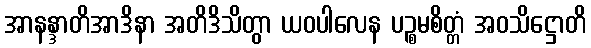
အာနန္ဒာတိအာဒိနာ အတိဒိသိတွာ ယဝပါလေန ပဉ္စမစိတ္တံ အဝသိဋ္ဌောတိ